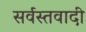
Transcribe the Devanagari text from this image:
सर्वस्तवादी